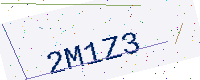
Text: 2M1Z3